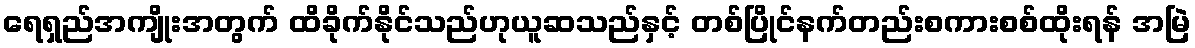
ရေရှည်အကျိုးအတွက် ထိခိုက်နိုင်သည်ဟုယူဆသည်နှင့် တစ်ပြိုင်နက်တည်းစကားစစ်ထိုးရန် အမြဲ